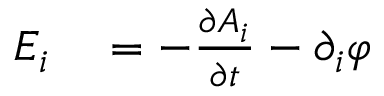
\begin{array} { r l } { E _ { i } } & { { } = - { \frac { \partial A _ { i } } { \partial t } } - \partial _ { i } \varphi } \end{array}